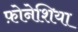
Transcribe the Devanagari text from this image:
फ़ोनेशिया